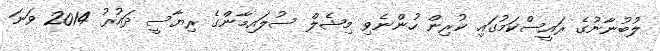
ލުބުނާނުގެ ރައީސްކަމުގައި ކުރިން ހުންނެވި މިޝެލް ސުލައިމާންގެ ރިޔާސީ ދައުރު 2014 ވަނަ